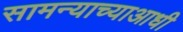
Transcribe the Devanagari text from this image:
सामन्याच्याआधी